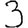
Digit: 3